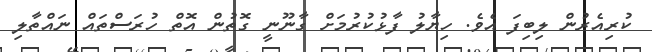
ކުރިއެރުން ލިބިފަ އެވެ. ހިޔާލު ފާޅުކުރުމަށް ގާނޫނީ ގޮތުން އޮތް ހުރަސްތައް ނައްތާލި